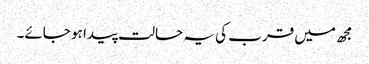
مجھ میں قرب کی یہ حالت پیدا ہو جائے۔